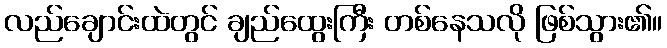
လည်ချောင်းထဲတွင် ချည်ထွေးကြီး တစ်နေသလို ဖြစ်သွား၏။